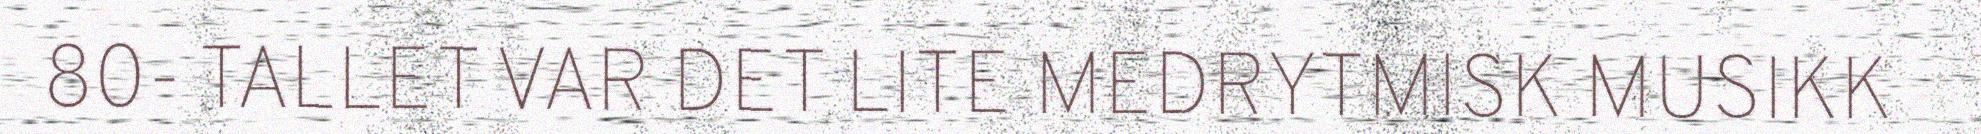
80- TALLET VAR DET LITE MEDRYTMISK MUSIKK